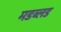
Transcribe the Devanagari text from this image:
मडब्लड